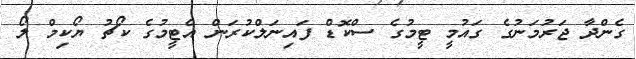
ގެންދާ ޖަރުމަނުގެ ގައުމީ ޓީމުގެ ސްކޮޑް ފައިނަލްކުރަން އެޓީމުގެ ކޯޗު ޔޯކިމް ލޯ